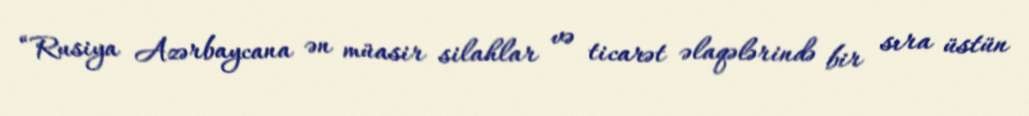
“Rusiya Azərbaycana ən müasir silahlar və ticarət əlaqələrində bir sıra üstün